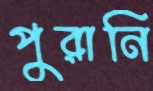
পুরানি